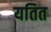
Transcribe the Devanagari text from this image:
यतित